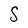
Character: S